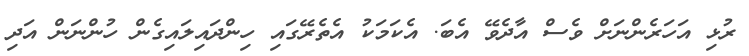
ރުޅި އަހަރެންނަށް ވެސް އާދެވޭ އެބަ. އެކަމަކު އެތެރޭގައި ހިންދައިލައިގެން ހުންނަން އަދި